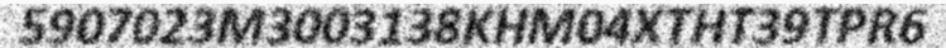
5907023M3003138KHM04XTHT39TPR6